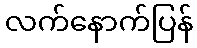
လက်နောက်ပြန်